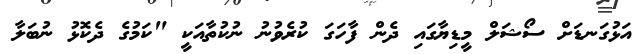
އަޅުގަނޑަށް ސޯޝަލް މީޑިޔާގައި ދެން ފާހަގަ ކުރެވުނު ނުުކުތާއަކީ "ކަމުގެ ދެކޮޅު ނުބަލާ